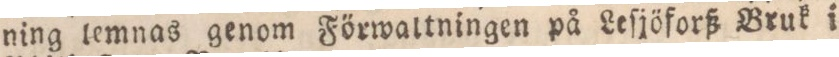
ning lemnas genom Förwaltningen på Leſjöforß Bruk i